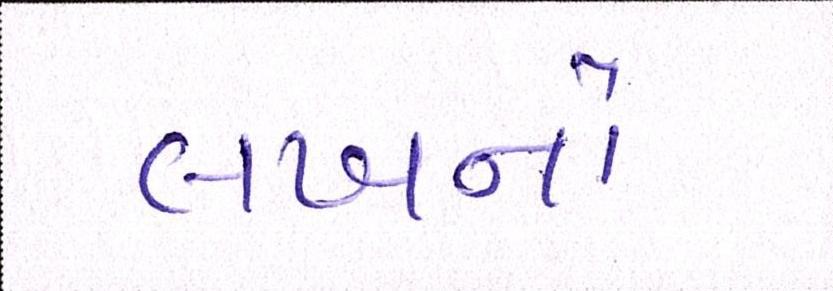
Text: લખનૌ